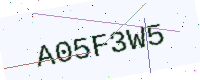
Text: A05F3W5